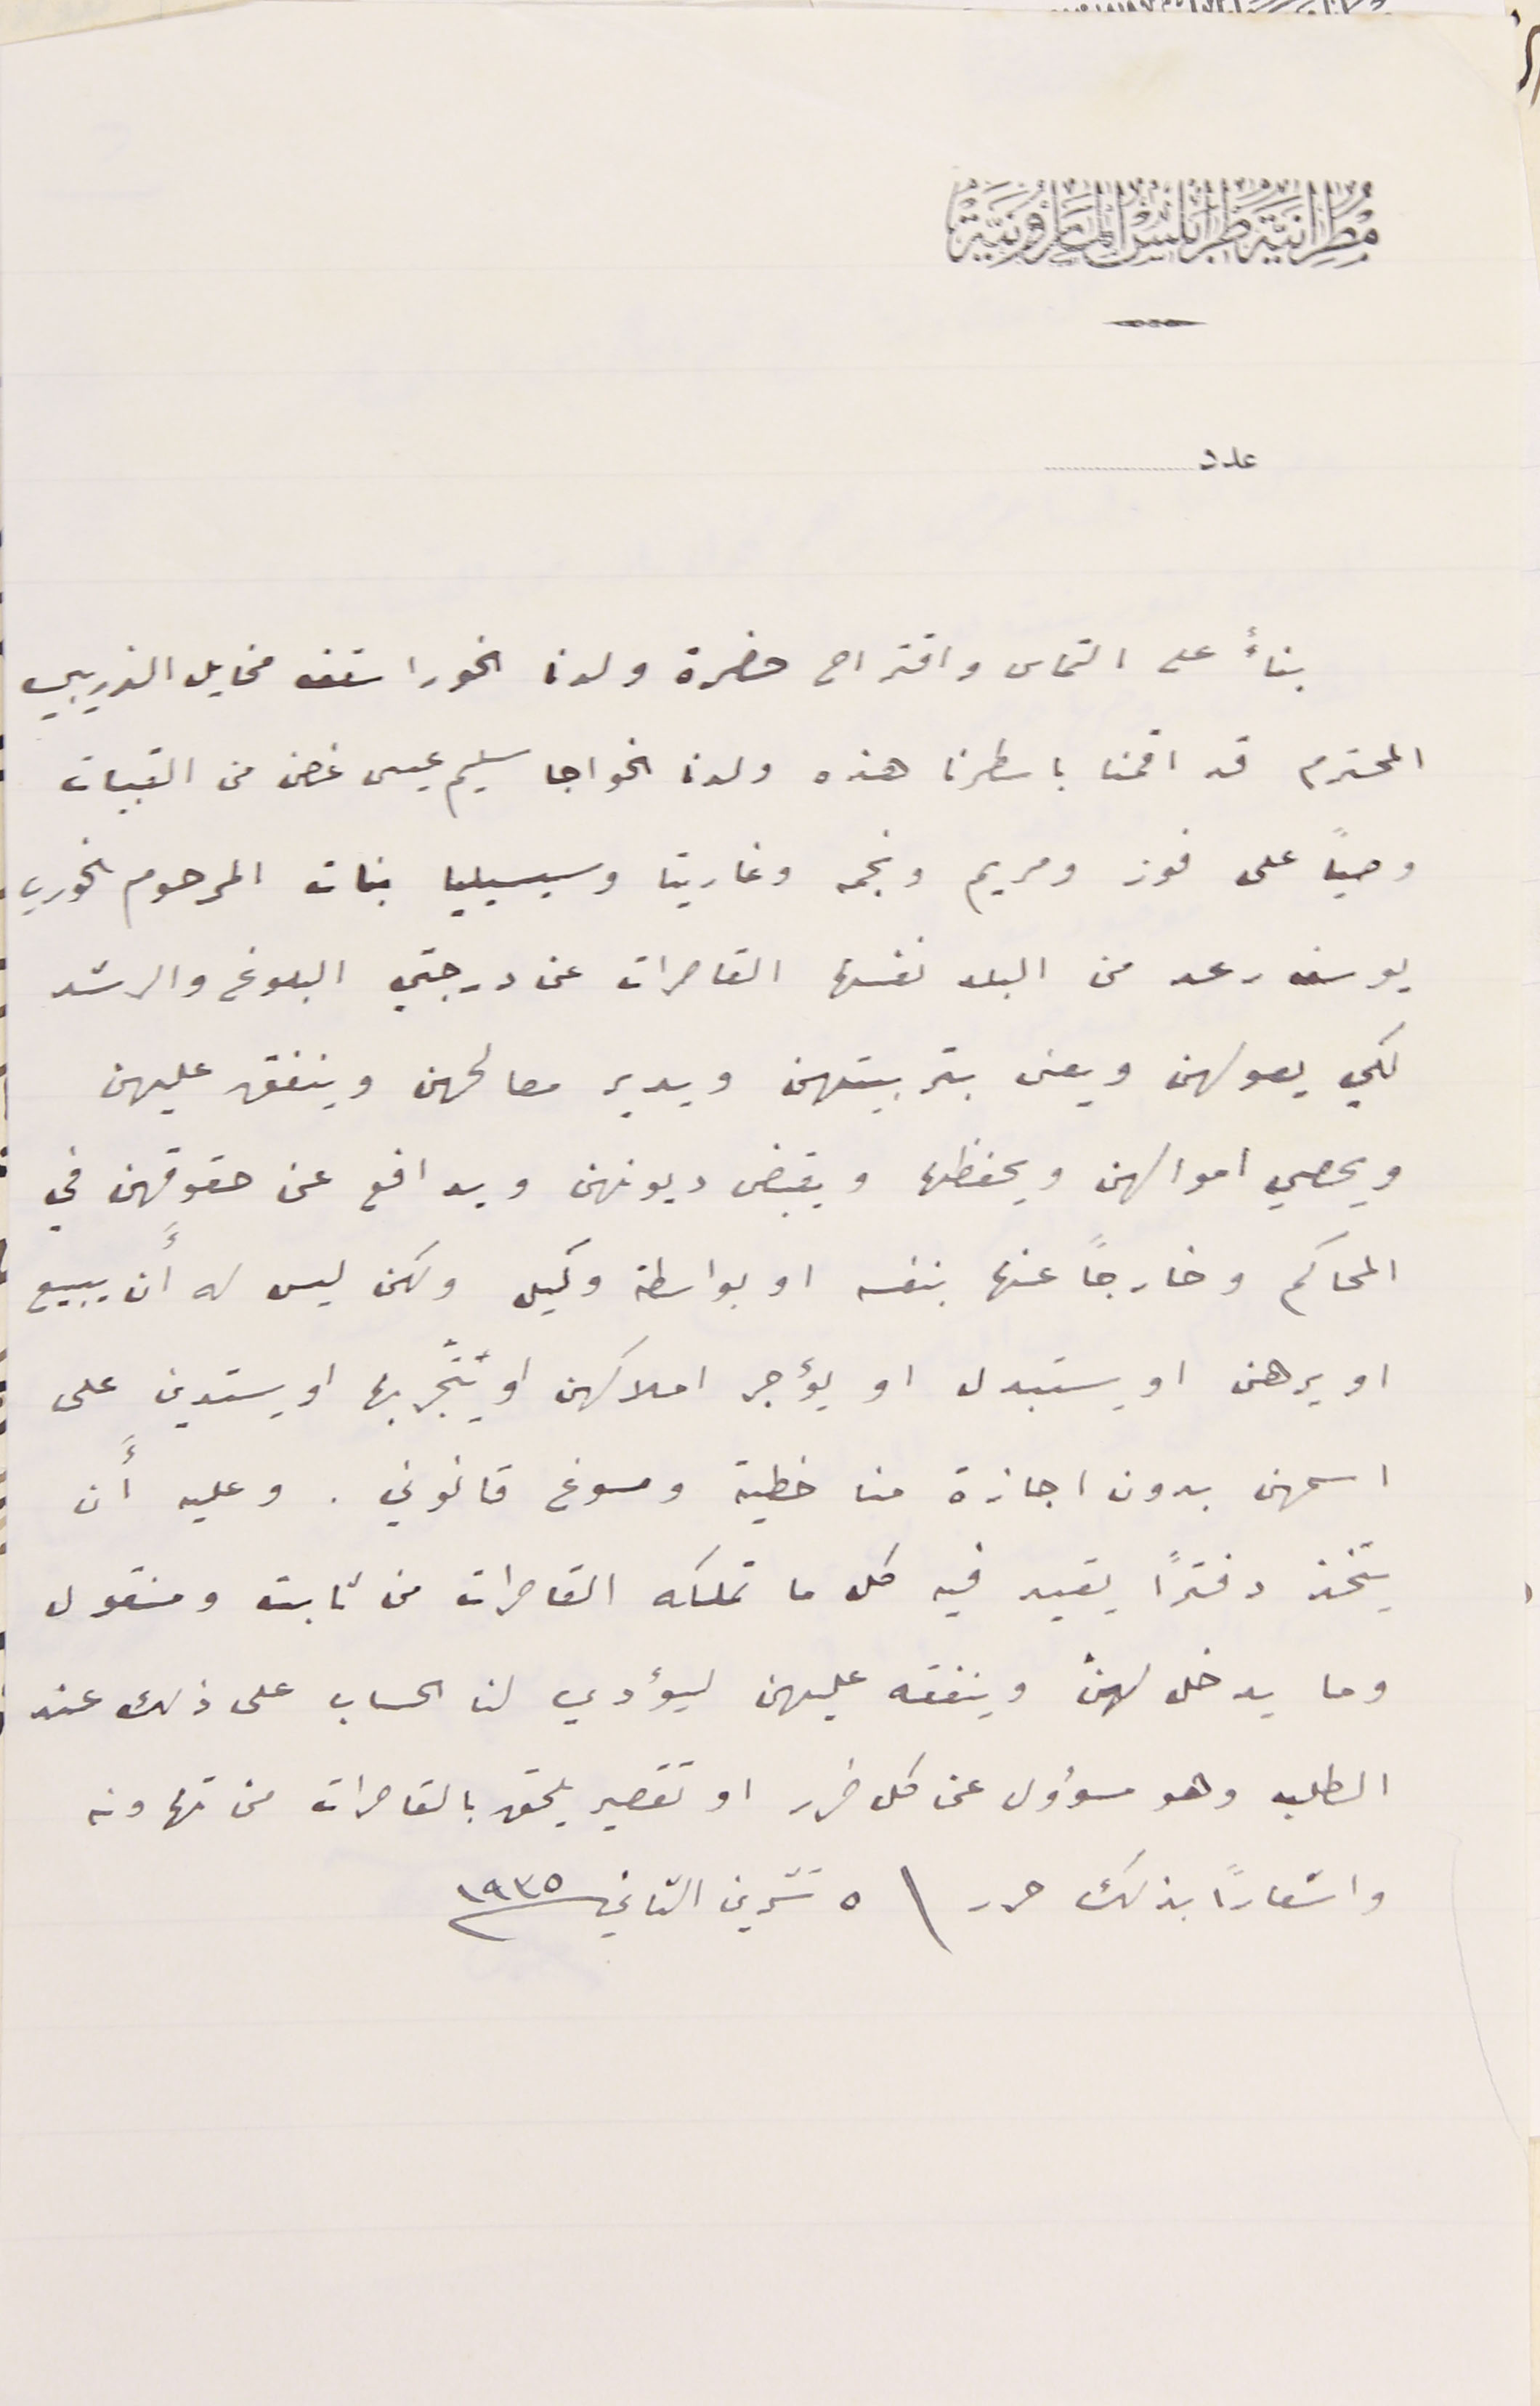
مطرانية طرابلس المارونية
عدد
بناءً على التماس واقتراح حضرة ولدنا الخوراسقف مخايل الذريبي
المحترم قد اقمنا باسطرنا هذه ولدنا الخواجا سليم عيسى غصن من القبيات
وصياً على فوز ومريم ونجمه وغاريتا وسيسيليا بنات المرحوم الخوري
يوسف رعد من البلد نفسها القاصرات عن درجتي البلوغ والرشد
لكي يعولهن ويعنى بتربيتهن ويدير مصالحهن وينفق عليهن
ويحصي اموالهن ويحفظها ويقبض ديونهن ويدافع عن حقوقهن في
المحاكم وخارجاً عنها بنفسه او بواسطة وكيل ولكن ليس له أن يبيع
او يرهن او يستبدل او يؤجر املاكهن او يتّجر بها او يستدين على
اسمهن بدون اجازة منا خطية ومسوغ قانوني. وعليه أَن
يتخذ دفترًا يقيد فيه كل ما تملكه القاصرات من ثابت ومنقول
وما يدخل لهن وينفقه عليهن ليؤدي لنا الحساب على ذلك عند
الطلب وهو مسؤول عن كل ضرر او تقصير يلحق بالقاصرات من تهاونه
واشعاراً بذلك حرر \ ٥ تشرين الثاني سنة ١٩٣٥